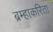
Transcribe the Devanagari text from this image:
ब्रम्हाकरिता